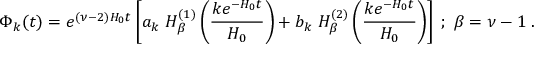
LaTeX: \Phi _ { k } ( t ) = e ^ { ( \nu - 2 ) H _ { 0 } t } \left[ a _ { k } \; H _ { \beta } ^ { ( 1 ) } \left( \frac { k e ^ { - H _ { 0 } t } } { H _ { 0 } } \right) + b _ { k } \; H _ { \beta } ^ { ( 2 ) } \left( \frac { k e ^ { - H _ { 0 } t } } { H _ { 0 } } \right) \right] \; ; \; \beta = \nu - 1 \; .